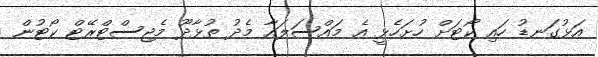
އަޅުގަނޑު ހައި ކޯޓަށް ހުށަހެޅީ އެ މައްސަލައާ މެދު ތުޅާދޫ މެޖިސްޓްރޭޓް ކޯޓުން